Reports on dispensaries and lunatic asylums in the Province of Oudh - 1869-1876
Year: 1869
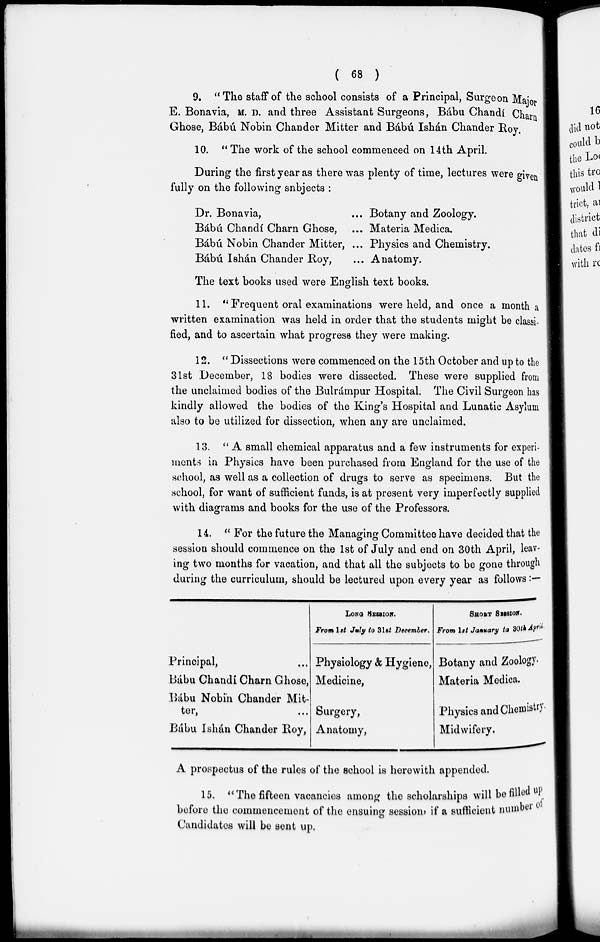
( 68 )
9. "The staff of the school consists of a Principal, Surgeon Major
E. Bonavia , M. D. and three Assistant Surgeons, Bábu Chandí Charn
Ghose, Bábú Nobin Chander Mitter and Bábú Ishán Chander Roy.
10. " The work of the school commenced on 14th April.
During the first year as there was plenty of time, lectures were given
fully on the following snbjects :
Dr. Bonavia , ...
Bábú Chandí Charn Ghose, ...
Bábú Nobin Chander Mitter, ...
Bábú Ishán Chander Roy, ...
Botany and Zoology.
Materia Medica.
Physics and Chemistry.
Anatomy.
The text books used were English text books.
11. "Frequent oral examinations were held, and once a month a
written examination was held in order that the students might be classi-
fied, and to ascertain what progress they were making.
12. " Dissections were commenced on the 15 th October and up to the
31st December, 18 bodies were dissected. These were supplied from
the unclaimed bodies of the Bulrámpur Hospital. The Civil Surgeon has
kindly allowed the bodies of the King's Hospital and Lunatic Asylum
also to be utilized for dissection, when any are unclaimed,
13. "A small chemical apparatus and a few instruments for experi-
ments in Physics have been purchased from England for the use of the
school, as well as a collection of drugs to serve as specimens. But the
school, for want of sufficient funds, is at present very imperfectly supplied
with diagrams and books for the use of the Professors.
14. " For the future the Managing Committee have decided that the
session should commence on the 1st of July and end on 30th April, leav-
ing two months for vacation, and that all the subjects to be gone through
during the curriculum, should be lectured upon every year as follows:—
Principal, ...
Bábu Chandí Charn Ghose,
Bábu Nobin Chander Mit-
ter,
...
Bábu Ishán Chander Roy,
LONG SESSION.
From 1st July to 31st December.
Physiology & Hygiene,
Medicine,
Surgery,
Anatomy,
SHORT SESSION.
From 1st January to 30thApril.
Botany and Zoology.
Materia Medica.
Physics and Chemistry.
Midwifery.
A prospectus of the rules of the school is herewith appended.
15. " The fifteen vacancies among the scholarships will be filled up
before the commencement of the ensuing session, if a sufficient number of
Candidates will be sent up.